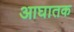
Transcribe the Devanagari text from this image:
आघातक